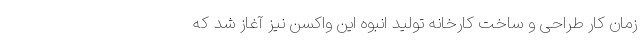
زمان کار طراحی و ساخت کارخانه تولید انبوه این واکسن نیز آغاز شد که